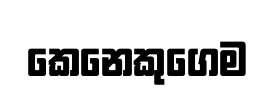
කෙනෙකුගෙම